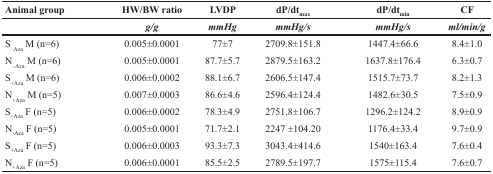
| Animal group | HW/BW Ratio | LVDP | dP/dtmax | dP/dtmin | CF |
 |  | g/g | mmHg | mmHg/s | mmHg/s | ml/min/g |
 | --- | --- | --- | --- | --- | --- |
 | S–Aza M (n=6) | 0.005±0.0001 | 77±7 | 2709.8±151.8 | 1447.4±66.6 | 8.4±1.0 |
 | N–Aza M (n=6) | 0.005±0.0001 | 87.7±5.7 | 2879.5±163.2 | 1637.8±176.4 | 6.3±0.7 |
 | S+Aza M (n=6) | 0.006±0.0002 | 88.1±6.7 | 2606.5±147.4 | 1515.7±73.7 | 8.2±1.3 |
 | N+Aza M (n=5) | 0.007±0.0003 | 86.6±4.6 | 2596.4±124.4 | 1482.6±30.5 | 7.5±0.9 |
 | S–Aza F (n=5) | 0.006±0.0002 | 78.3±4.9 | 2751.8±106.7 | 1296.2±124.2 | 8.9±0.9 |
 | N-Aza F (n=5) | 0.005±0.0001 | 71.7±2.1 | 2247 ±104.20 | 1176.4±33.4 | 9.7±0.9 |
 | S+Aza F (n=5) | 0.006±0.0003 | 93.3±7.3 | 3043.4±414.6 | 1540±163.4 | 7.6±0.4 |
 | N+Aza F (n=5) | 0.006±0.0001 | 85.5±2.5 | 2789.5±197.7 | 1575±115.4 | 7.6±0.7 |